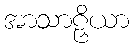
အာသာဠှိယာ